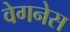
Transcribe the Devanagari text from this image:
वेगनेस